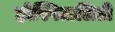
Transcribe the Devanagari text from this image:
होस्पिटालिटी